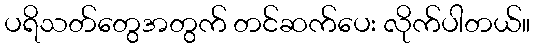
ပရိသတ်တွေအတွက် တင်ဆက်ပေး လိုက်ပါတယ်။